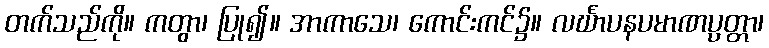
တက်သည်ကို။ ကတွာ၊ ပြု၍။ အာကာသေ၊ ကောင်းကင်၌။ လင်္ဃာပနပမာဏပ္ပတ္တာ၊